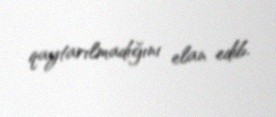
qaytarılmadığını elan edib.